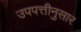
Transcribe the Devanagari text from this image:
उपपत्तीनुसार